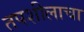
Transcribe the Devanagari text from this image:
तपशीलाचा